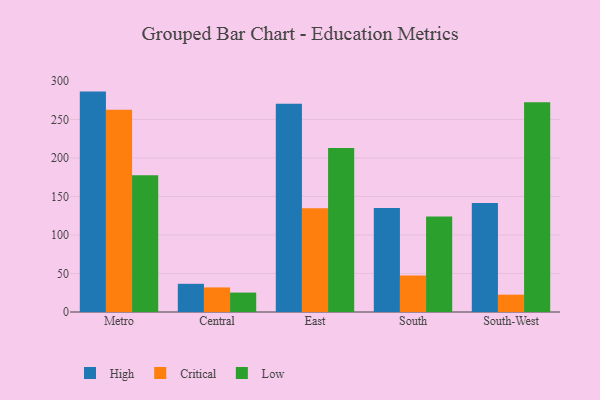
{"axis": {"x": "Region", "y": "Population (Million)"}, "legend": ["Critical", "High", "Low"], "data": [{"x": "Metro", "y": 286.2, "type": "High"}, {"x": "Metro", "y": 262.5, "type": "Critical"}, {"x": "Metro", "y": 177.5, "type": "Low"}, {"x": "Central", "y": 36.6, "type": "High"}, {"x": "Central", "y": 31.9, "type": "Critical"}, {"x": "Central", "y": 25.2, "type": "Low"}, {"x": "East", "y": 270.5, "type": "High"}, {"x": "East", "y": 134.8, "type": "Critical"}, {"x": "East", "y": 213.0, "type": "Low"}, {"x": "South", "y": 135.1, "type": "High"}, {"x": "South", "y": 47.5, "type": "Critical"}, {"x": "South", "y": 124.1, "type": "Low"}, {"x": "South-West", "y": 141.4, "type": "High"}, {"x": "South-West", "y": 22.5, "type": "Critical"}, {"x": "South-West", "y": 272.3, "type": "Low"}]}